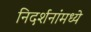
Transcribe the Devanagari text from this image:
निदर्शनांमध्ये